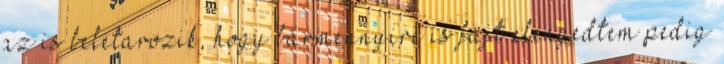
az is beletarozik, hogy bármennyire is fájt elengedtem pedig